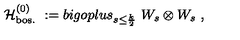
{ \mathcal H } _ { \mathrm { b o s . } } ^ { ( 0 ) } \ : = b i g o p l u s _ { s \leq \frac k 2 } \ W _ { s } \otimes W _ { s } \ ,